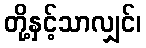
တို့နှင့်သာလျှင်၊